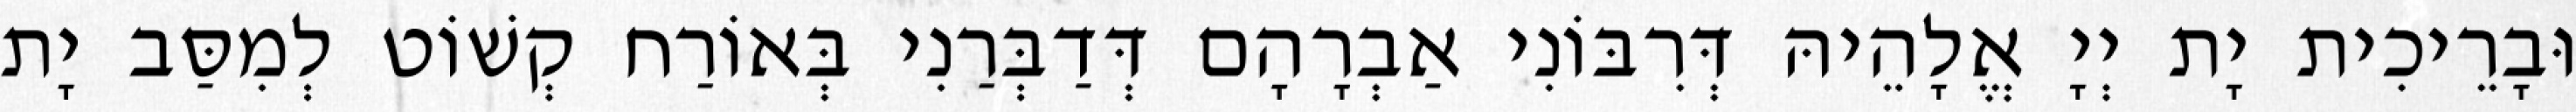
וּבָרֵיכִית יָת יְיָ אֱלָהֵיהּ דְּרִבּוֹנִי אַבְרָהָם דְּדַבְּרַנִי בְּאוֹרַח קְשׁוֹט לְמִסַּב יָת